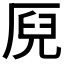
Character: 𠩫